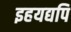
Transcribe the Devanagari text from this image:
इहयद्यपि